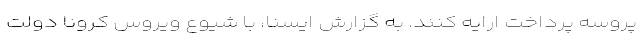
پروسه پرداخت ارایه کنند. به گزارش ایسنا، با شیوع ویروس کرونا دولت